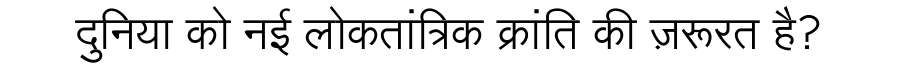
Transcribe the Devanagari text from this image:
दुनिया को नई लोकतांत्रिक क्रांति की ज़रूरत है?